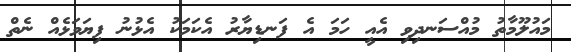
މައުލޫމާތު މުއްސަނދިވި އެއީ ހަމަ އެ ފަނޑިޔާރު އެކަމަކު އެޅުނު ފިޔަވަޅެއް ނެތް